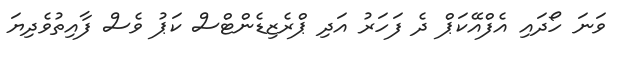
ވަނަ ހޯދައި އެފްއޭކަޕް ދެ ފަހަރު އަދި ޕްރެޒިޑެންޓްސް ކަޕު ވެސް ފާއިތުވެދިޔަ